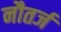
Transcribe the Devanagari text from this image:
नौतर्ज